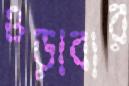
ওড়াবার